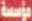
مؤسسة